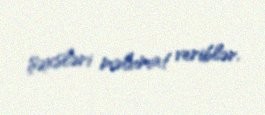
şəxsləri məlumat veriblər.